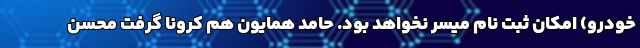
خودرو) امكان ثبت نام ميسر نخواهد بود. حامد همایون هم کرونا گرفت محسن